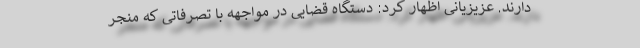
دارند. عزیزیانی اظهار کرد: دستگاه قضایی در مواجهه با تصرفاتی که منجر